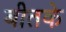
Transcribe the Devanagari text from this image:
बीतके